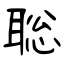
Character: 聡